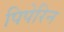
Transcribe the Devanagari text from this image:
पिपेरिन